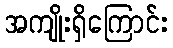
အကျိုးရှိကြောင်း